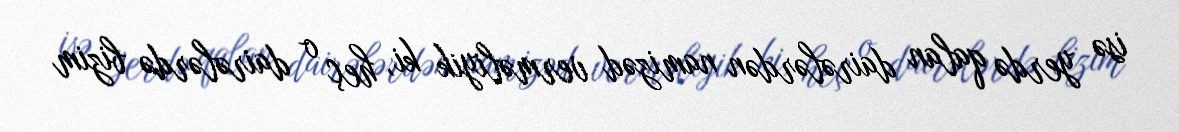
isə yerdə qalan dairələrdən namizəd verməliyik ki, heç o dairələrdə bizim